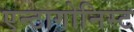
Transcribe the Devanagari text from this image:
एन्टागोनिस्ट